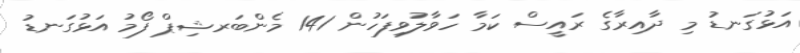
އަޅުގަނޑު މި ދާއިރާގެ ރައީސް ކަމާ ހަވާލުވިފަހުން 141 މެންބަރޝިޕް ފޯމު އަޅުގަނޑު